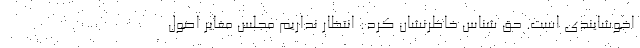
اخوشایندی است. حق شناس خاطرنشان کرد: انتظار نداریم مجلس مغایر اصول